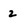
Character: 2